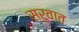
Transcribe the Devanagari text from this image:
सरुवात